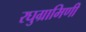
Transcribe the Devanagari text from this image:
रघुग्रामिणी